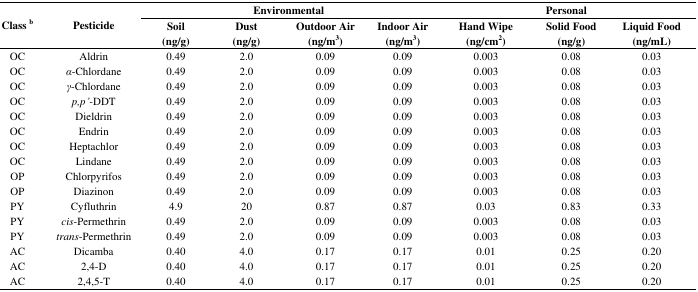
<table><thead><tr><td rowspan="2"><b>Class <sup>b</sup></b></td><td rowspan="2"><b>Pesticide</b></td><td colspan="4"><b>Environmental</b></td><td colspan="3"><b>Personal</b></td></tr><tr><td><b>Soil (ng/g)</b></td><td><b>Dust (ng/g)</b></td><td><b>Outdoor Air (ng/m<sup>3</sup>)</b></td><td><b>Indoor Air (ng/m<sup>3</sup>)</b></td><td><b>Hand Wipe (ng/cm<sup>2</sup>)</b></td><td><b>Solid Food (ng/g)</b></td><td><b>Liquid Food (ng/mL)</b></td></tr></thead><tbody><tr><td>OC</td><td>Aldrin</td><td>0.49</td><td>2.0</td><td>0.09</td><td>0.09</td><td>0.003</td><td>0.08</td><td>0.03</td></tr><tr><td>OC</td><td><i>α</i>-Chlordane</td><td>0.49</td><td>2.0</td><td>0.09</td><td>0.09</td><td>0.003</td><td>0.08</td><td>0.03</td></tr><tr><td>OC</td><td><i>γ</i>-Chlordane</td><td>0.49</td><td>2.0</td><td>0.09</td><td>0.09</td><td>0.003</td><td>0.08</td><td>0.03</td></tr><tr><td>OC</td><td><i>p,p</i><i>’</i>-DDT</td><td>0.49</td><td>2.0</td><td>0.09</td><td>0.09</td><td>0.003</td><td>0.08</td><td>0.03</td></tr><tr><td>OC</td><td>Dieldrin</td><td>0.49</td><td>2.0</td><td>0.09</td><td>0.09</td><td>0.003</td><td>0.08</td><td>0.03</td></tr><tr><td>OC</td><td>Endrin</td><td>0.49</td><td>2.0</td><td>0.09</td><td>0.09</td><td>0.003</td><td>0.08</td><td>0.03</td></tr><tr><td>OC</td><td>Heptachlor</td><td>0.49</td><td>2.0</td><td>0.09</td><td>0.09</td><td>0.003</td><td>0.08</td><td>0.03</td></tr><tr><td>OC</td><td>Lindane</td><td>0.49</td><td>2.0</td><td>0.09</td><td>0.09</td><td>0.003</td><td>0.08</td><td>0.03</td></tr><tr><td>OP</td><td>Chlorpyrifos</td><td>0.49</td><td>2.0</td><td>0.09</td><td>0.09</td><td>0.003</td><td>0.08</td><td>0.03</td></tr><tr><td>OP</td><td>Diazinon</td><td>0.49</td><td>2.0</td><td>0.09</td><td>0.09</td><td>0.003</td><td>0.08</td><td>0.03</td></tr><tr><td>PY</td><td>Cyfluthrin</td><td>4.9</td><td>20</td><td>0.87</td><td>0.87</td><td>0.03</td><td>0.83</td><td>0.33</td></tr><tr><td>PY</td><td><i>cis</i>-Permethrin</td><td>0.49</td><td>2.0</td><td>0.09</td><td>0.09</td><td>0.003</td><td>0.08</td><td>0.03</td></tr><tr><td>PY</td><td><i>trans</i>-Permethrin</td><td>0.49</td><td>2.0</td><td>0.09</td><td>0.09</td><td>0.003</td><td>0.08</td><td>0.03</td></tr><tr><td>AC</td><td>Dicamba</td><td>0.40</td><td>4.0</td><td>0.17</td><td>0.17</td><td>0.01</td><td>0.25</td><td>0.20</td></tr><tr><td>AC</td><td>2,4-D</td><td>0.40</td><td>4.0</td><td>0.17</td><td>0.17</td><td>0.01</td><td>0.25</td><td>0.20</td></tr><tr><td>AC</td><td>2,4,5-T</td><td>0.40</td><td>4.0</td><td>0.17</td><td>0.17</td><td>0.01</td><td>0.25</td><td>0.20</td></tr></tbody></table>